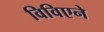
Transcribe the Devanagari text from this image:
विविएने